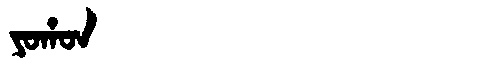
Manchu: ᠶᠣᡥᠣᠨ
Romanization: YOHON